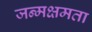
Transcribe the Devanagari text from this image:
जन्मक्षमता